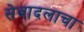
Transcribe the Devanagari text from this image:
सेवादलाचा